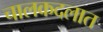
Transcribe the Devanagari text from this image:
चालकदलात